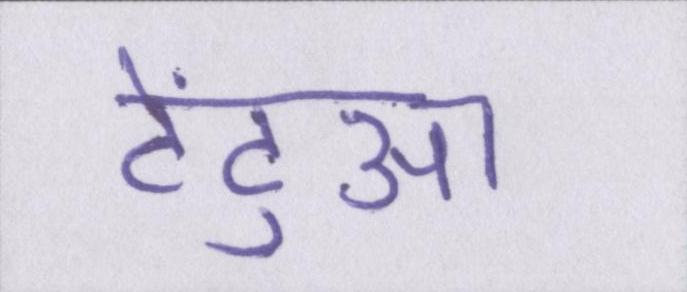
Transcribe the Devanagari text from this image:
टेंटुआ